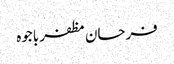
فرحان مظفر باجوہ